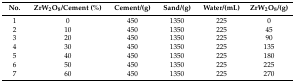
<table><thead><tr><td><b>No.</b></td><td><b>ZrW<sub>2</sub>O<sub>8</sub>/Cement (%)</b></td><td><b>Cement/(g)</b></td><td><b>Sand/(g)</b></td><td><b>Water/(mL)</b></td><td><b>ZrW<sub>2</sub>O<sub>8</sub>/(g)</b></td></tr></thead><tbody><tr><td>1</td><td>0</td><td>450</td><td>1350</td><td>225</td><td>0</td></tr><tr><td>2</td><td>10</td><td>450</td><td>1350</td><td>225</td><td>45</td></tr><tr><td>3</td><td>20</td><td>450</td><td>1350</td><td>225</td><td>90</td></tr><tr><td>4</td><td>30</td><td>450</td><td>1350</td><td>225</td><td>135</td></tr><tr><td>5</td><td>40</td><td>450</td><td>1350</td><td>225</td><td>180</td></tr><tr><td>6</td><td>50</td><td>450</td><td>1350</td><td>225</td><td>225</td></tr><tr><td>7</td><td>60</td><td>450</td><td>1350</td><td>225</td><td>270</td></tr></tbody></table>